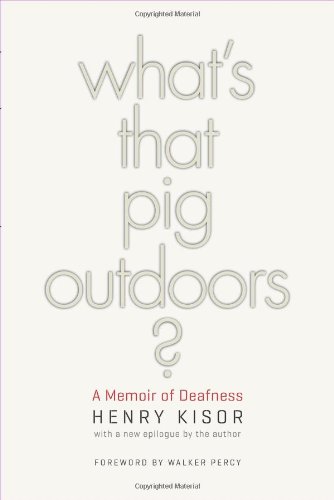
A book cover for What's That Pig Outdoors?: A Memoir of Deafness; Henry Kisor; Health, Fitness & Dieting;